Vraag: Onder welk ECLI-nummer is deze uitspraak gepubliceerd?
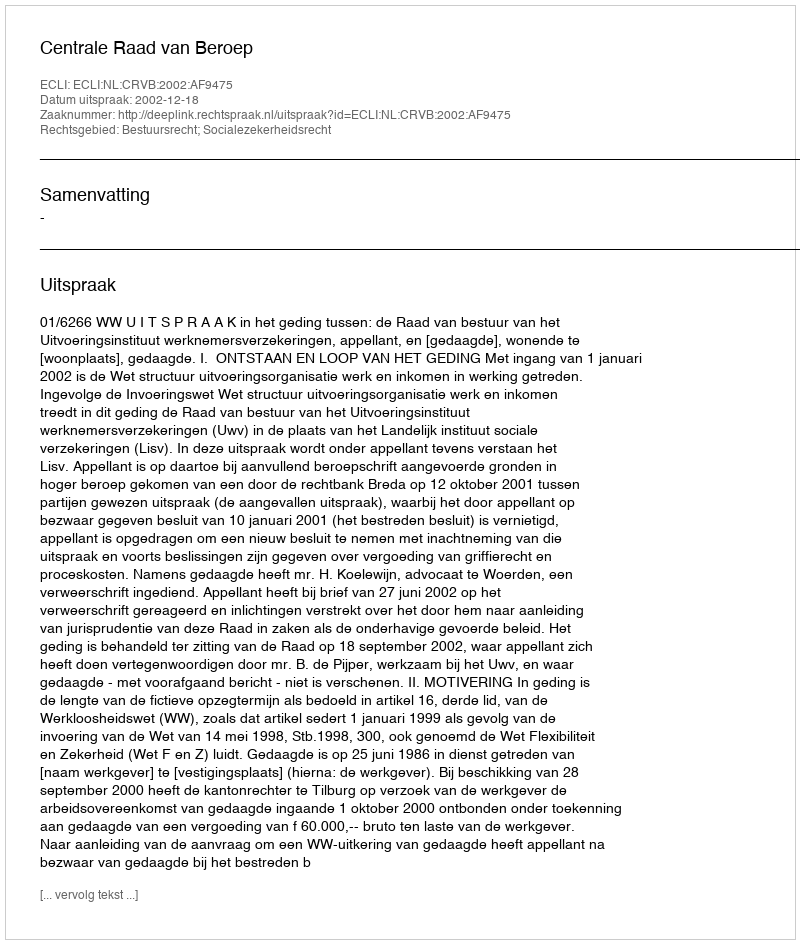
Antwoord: ECLI:NL:CRVB:2002:AF9475